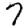
Digit: 7